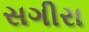
સગીરા